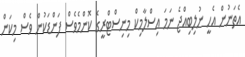
އެތަނުން އެހީ ނުލިބިއްޖެ ނަމަ އިސްލާމިކް މިނިސްޓްރީގެ ކޮންމެވެސް ފަންޑަކުން ވެސް މިކަން